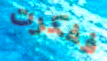
ففكرت